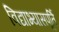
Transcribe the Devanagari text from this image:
विद्याभ्यासपूर्ति